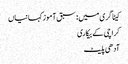
کیٹاگری میں : سبق آموز کہانیاں
کراچی کے بیکاری
آدھی پلیٹ